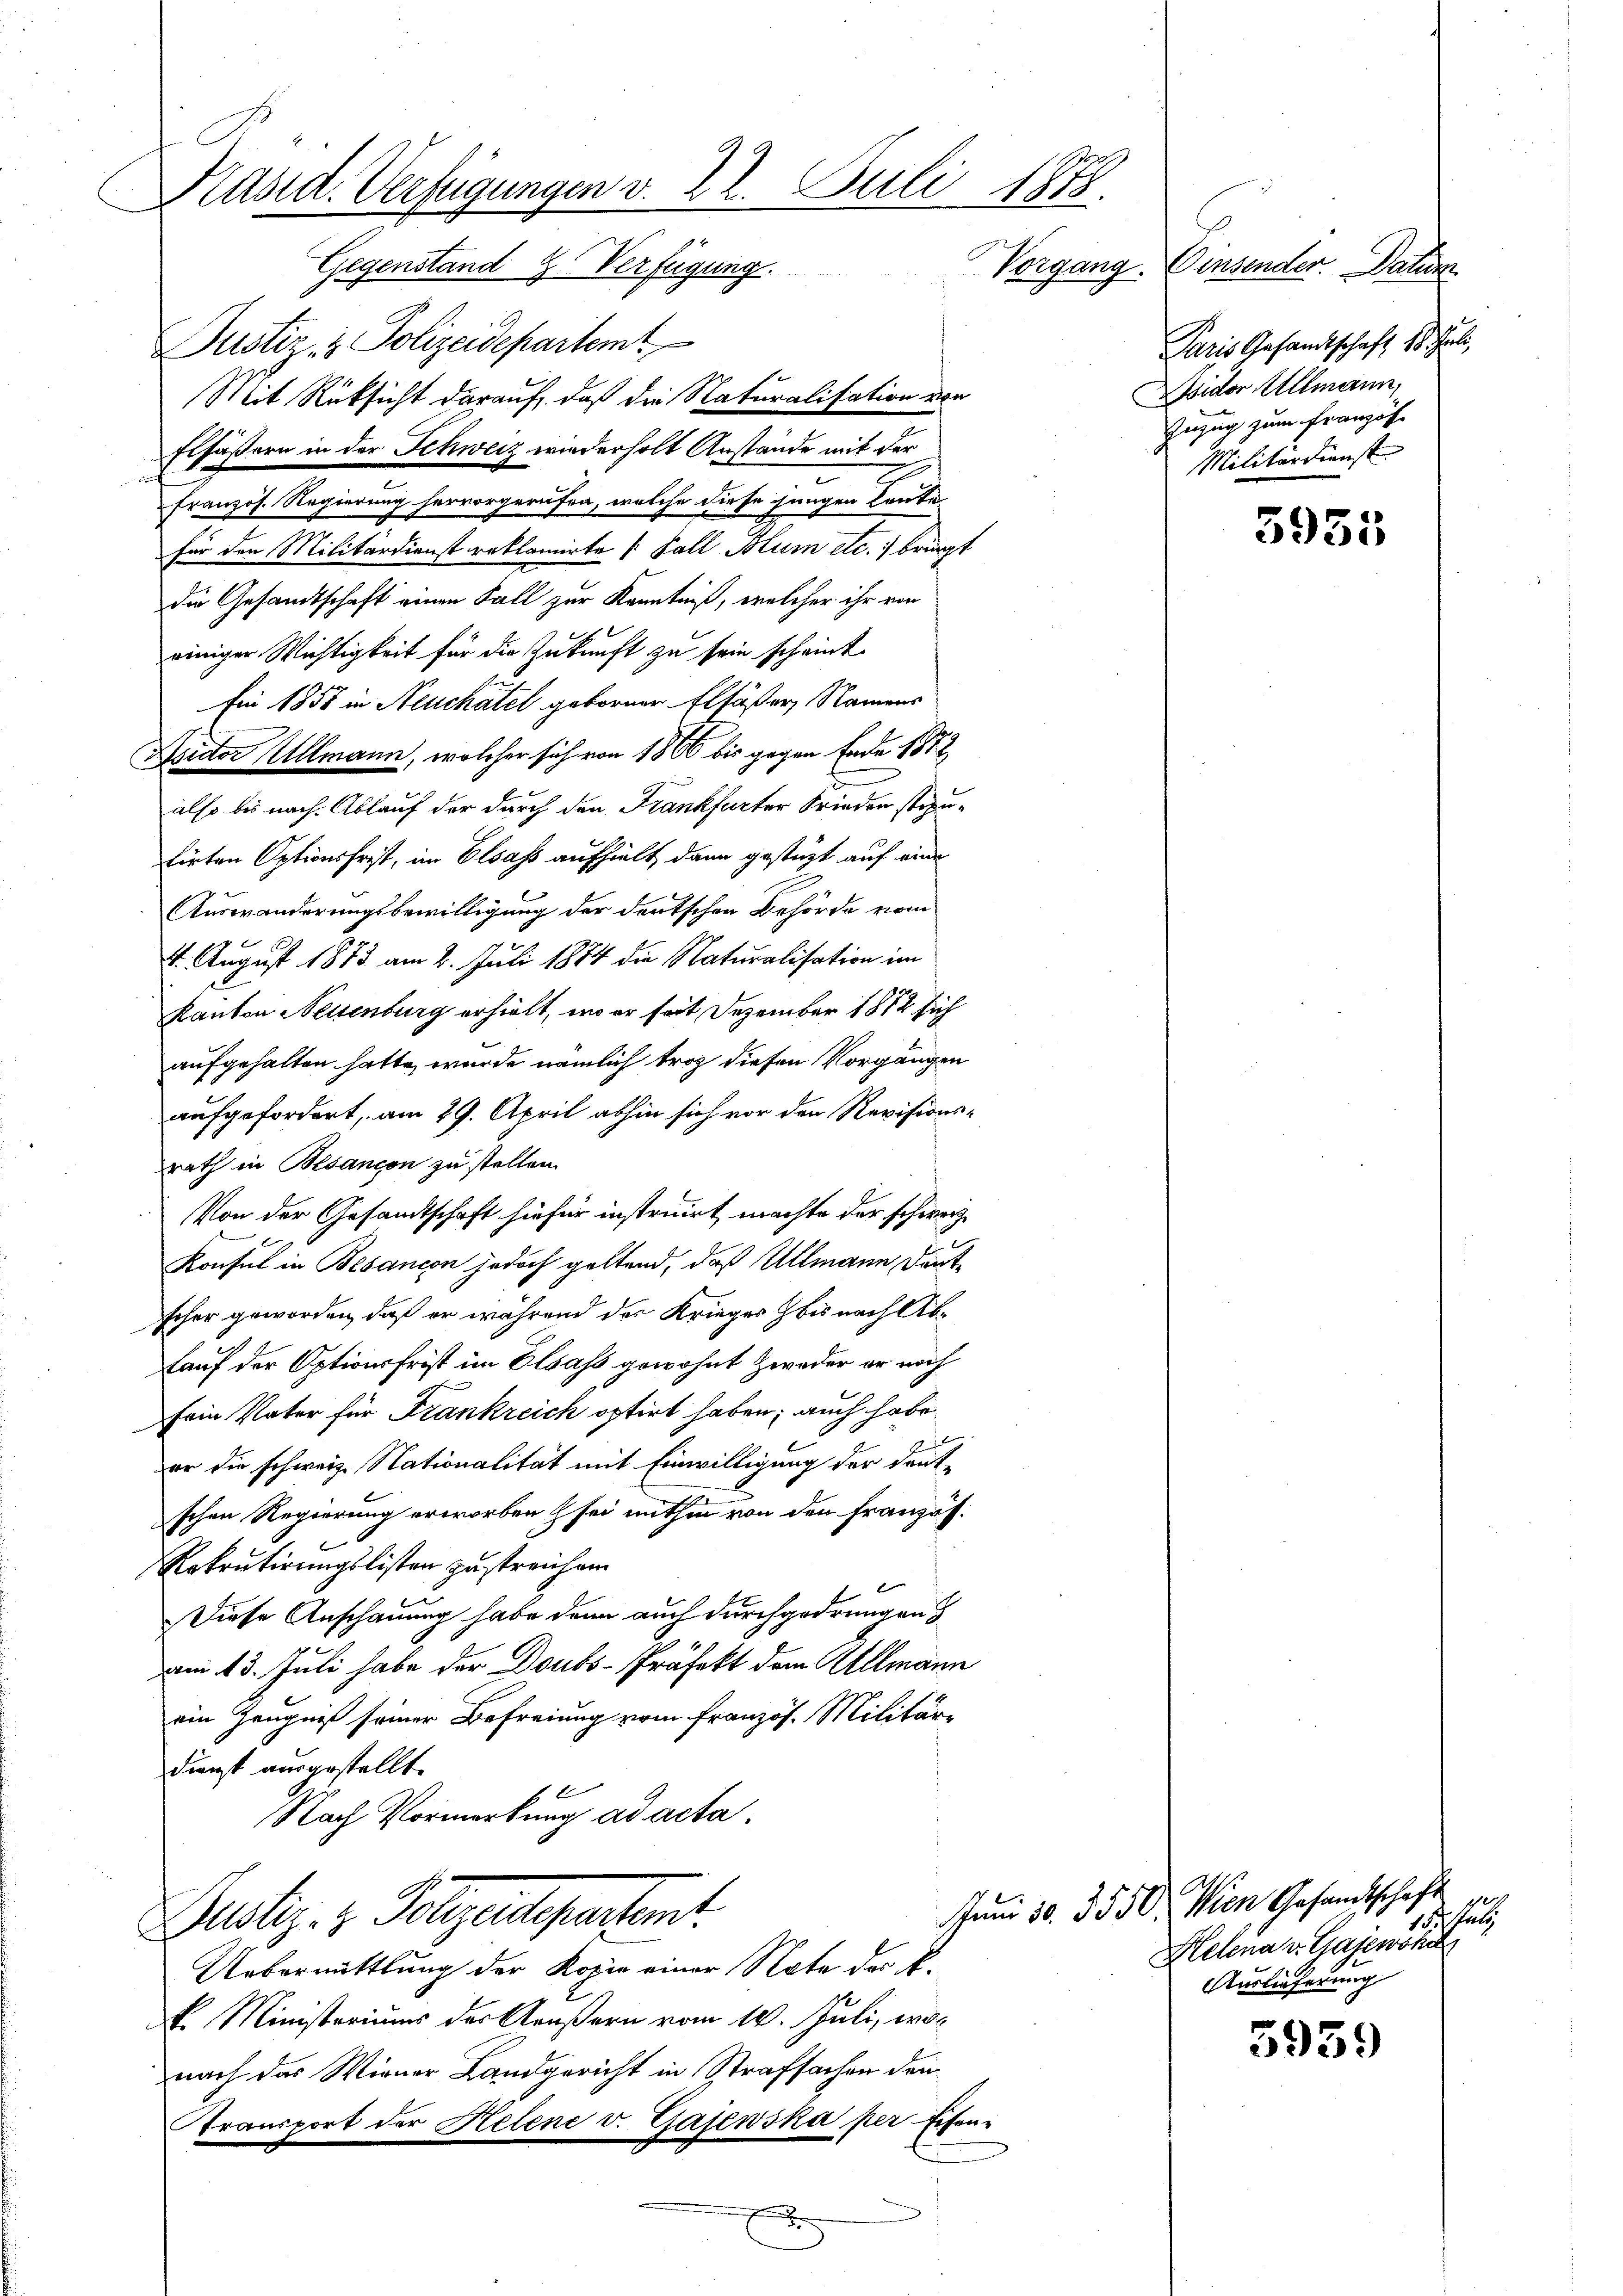
Präsid. Verfügungen v. 22. Juli 1873.
Gegenstand 2. Verfügung.
Vorgang. Einsender. Datum

Justiz- & Polizeidepartemt
Mit Rüksicht darauf, daß die Naturalisation von
Elfäßern in der Schweiz wiederholt Anstände mit der
.
Französ. Regierung hervorgerufen, welche diese jungen Leute
für den Militärdienst reklamirte /: Fall Blum etc. bringt
die Gesandtschaft einen Fall zur Kenntniß, welcher ihr von
einiger Wichtigkeit für die Zukunft zu sein scheint.
Ein 1851 in Neuchatel geborner Elfäßer, Namens
Autor Allmann, welcher sich von 1866 bis gegen Ende 1872
also bis nach Ablauf der durch den Frankfurter Frieden stiputirten Optionsfrist, im Elsass aufhielt dann gestützt auf eine
Auswanderungsbewilligung der deutschen Behörde vom
4. August 1873 am 2. Juli 1874 die Naturalisation im
Ranton Neisenburg erhielt, wo er seit Dezember 1872 sich
aufgehalten hatte, wurde nämlich trop diesen Vorgängen
aufgefordert, am 29. April abhin sich vor den Revisionsrath in Besançon zu stellen.
Von der Gesandtschaft hiefür instruirt, machte der schweiz
d
Konsul in Besancon jedoch geltend, daß Ullmann Deutscher geworden, daß er während der Krieges bis nach Ab¬
Lauf der Optionsfrist im Elsass gewohnt Zweder er noch
Fein Vater für Frankreich optirt haben; auch habe
er die schweiz. Nationalität mit Einwilligung der deut-
schen Regierung erworben & sei mithin von den Französ.
Rekrutirungslisten zustreichen
Diese Anschauung habe dann auch durchgedrungen
am 13. Juli habe der Doubs-Präfekt dem Allmann
ein Zeugnis seiner Befreiung vom Französ. Militär¬
Dienst ausgestellt.
Nach Vormerkung ad acta.
Justiz & Polizeidigentent
Uebermittlung der Kopie einer Note des K.
k. Ministeriums der Aeußern vom 14. Juli, wonach das Wiener Landgericht in Strafsachen den
Transport der Helene v. Gajewska per Eisen-
x

Paris Gesandtschaft 15. Juli
A Isidor Allmann,
Inzug zum Französ.
Militärdienst

3955

5959

Juni 10. 3550. Wien Gesandtschaft
tat
Helena v. Gajewoh
Auslieferung